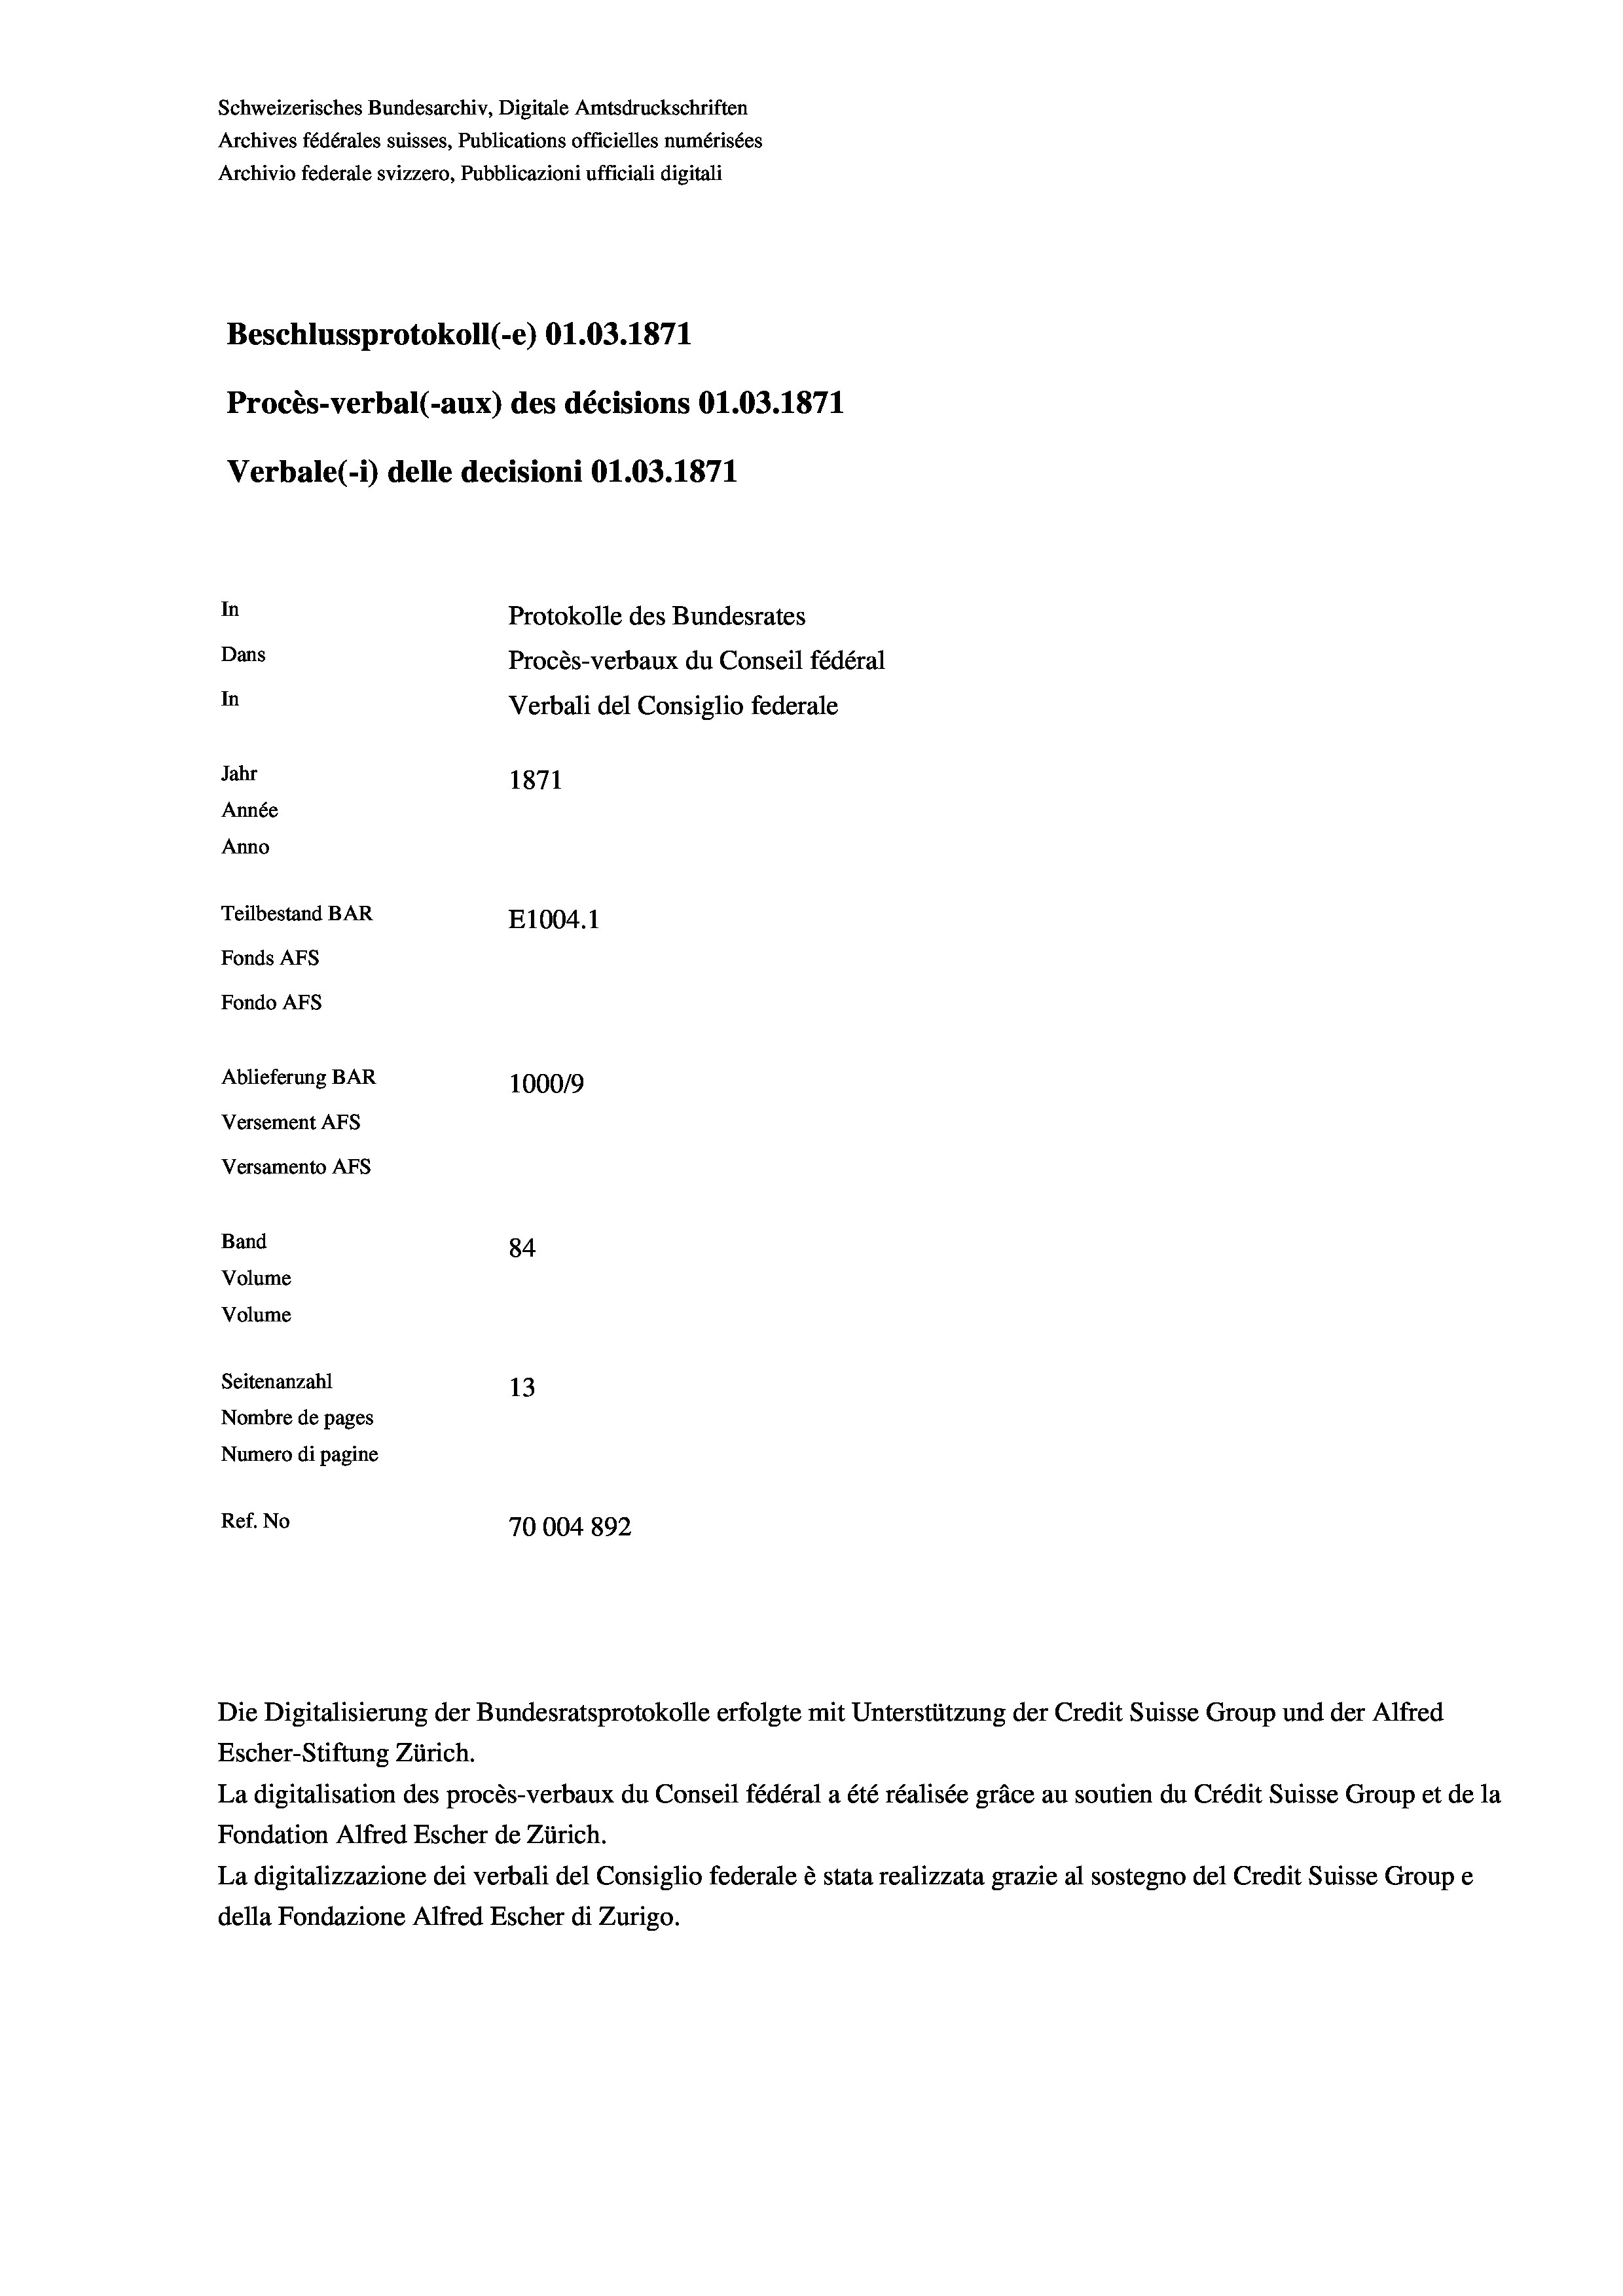
Schweizerisches Bundesarchiv, Digitale Amtsdruckschriften
Archives fédérales suisses, Publications officielles numérisées
Archivio federale svizzero, Pubblicazioni ufficiali digitali
Beschlussprotokoll (-e) 01.03. 1871
Procès-verbal (-aux) des décisions 01.03. 1871
Verbale(-*) delle decisioni O1.03. 1871
In
Protokolle des Bundesrates
Dans
Procès-verbaux du Conseil fédéral
In
Verbali del Consiglio federale
Jahr
1871
Année
Anno
Teilbestand BAR
E1004. 1
Fonds Afs
Fondo AFs
Ablieferung BAR
100019
Versement Abs

Versamento AFs
Band
Volume
Volume

84
Seitenanzahl
13
Nombre de pages
Numero di pagine
Ref. No
70004892

Escher-Stiftung Zürich.
La digitalisation des procès-verbaux du Conseil fédéral a été réalisée gräce au soutien du Crédit Suisse Group et de la
Fondation Alfred Escher de Zürich.
La digitalizzazione dei verbali del Consiglio federale è stata realizzata grazie al sostegno del Credit Suisse Groupe
della Fondazione Alfred Escher di Zurigo.

Die Digitalisierung der Bundesratsprotokolle erfolgte mit Unterstützung der Credit Suisse Group und der Alfred